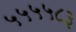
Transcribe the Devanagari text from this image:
५५५५८३